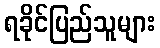
ရခိုင်ပြည်သူများ